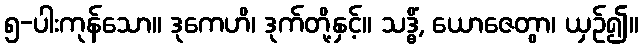
၅-ပါးကုန်သော။ ဒုကေဟိ၊ ဒုက်တို့နှင့်။ သဒ္ဓိံ, ယောဇေတွာ၊ ယှဉ်၍။